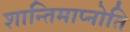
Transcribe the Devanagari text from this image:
शान्तिमाप्नोति